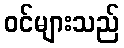
ဝင်များသည်